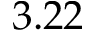
3 . 2 2